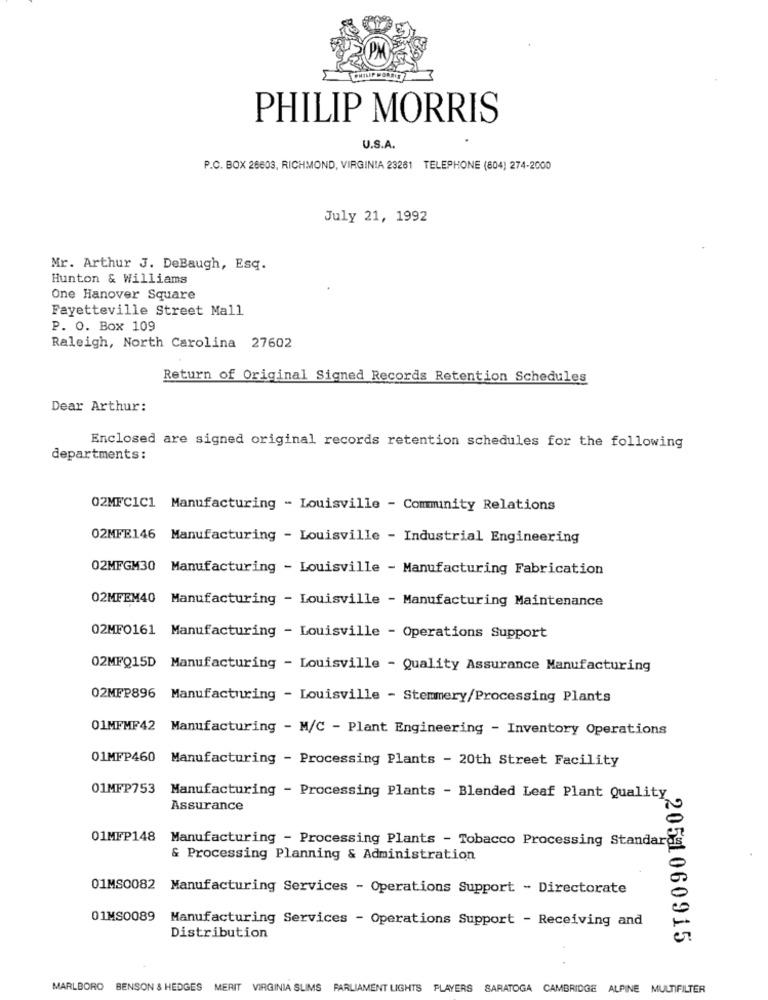
PHILIP MORRIS
U.S.A.
P.O. BOX 26603, RICHMOND, VIRGINIA 23261 TELEPHONE (604) 274-2000
July 21, 1992
Mr. Arthur J. DeBaugh, Esq.
Hunton & Williams
One Hanover Square
Fayetteville Street Mall
P. O. Box 109
Raleigh, North Carolina 27602
Return of Original Signed Records Retention Schedules
Dear Arthur:
Enclosed are signed original records retention schedules for the following
departments:
02MFC1C1 Manufacturing - Louisville - Community Relations
02MFE146 Manufacturing - Louisville - Industrial Engineering
02MFGM30 Manufacturing - Louisville - Manufacturing Fabrication
02MFEM40 Manufacturing - Louisville - Manufacturing Maintenance
02MFO161 Manufacturing - Louisville - Operations Support
02MFQ15D Manufacturing - Louisville - Quality Assurance Manufacturing
02MFP896 Manufacturing - Louisville - Stemmery/Processing Plants
01MFMF42 Manufacturing - M/C - Plant Engineering - Inventory Operations
01MFP460 Manufacturing - Processing Plants - 20th Street Facility
01MFP753 Manufacturing - Processing Plants - Blended Leaf Plant Quality
Assurance
01MFP148 Manufacturing - Processing Plants - Tobacco Processing Standards
& Processing Planning & Administration
01MS0082 Manufacturing Services - Operations Support - Directorate
01MS0089
Manufacturing Services - Operations Support - Receiving and
Distribution
205 1060915
MARLBORO BENSON & HEDGES MERIT VIRGINIA SLIMS PARLIAMENT LIGHTS PLAYERS SARATOGA CAMBRIDGE ALPINE MULTIFILTER